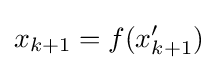
x_{k+1}=f(x'_{k+1})